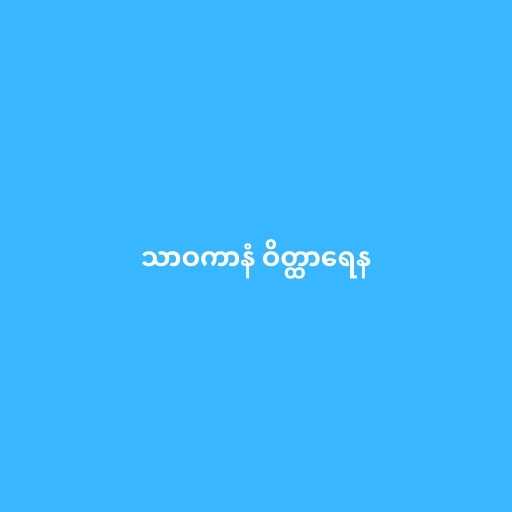
သာဝကာနံ ဝိတ္ထာရေန